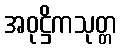
အဝုဋ္ဌိကသုတ္တ